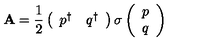
{ \bf A } = { \frac { 1 } { 2 } } \left( \begin{array} { c c } { p ^ { \dagger } } & { q ^ { \dagger } } \\ \end{array} \right) { \bf \sigma } \left( \begin{array} { c } { p } \\ { q } \\ \end{array} \right)